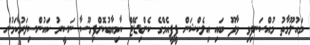
މައުލޫމާތު މުއްސަނދިވި ވާދޫ ބައި އިލެކްޝަން ޕީޕީއެމްގެ ކެންޑިޑޭޓް ކާމިޔާބުކޮށްފިމޫސާ ނަސީރު ކައުންސިލަރުކަމުން